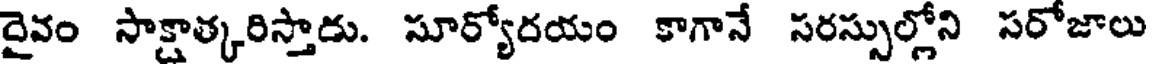
దైవం సాక్షాత్కరిస్తాడు. సూర్యోదయం కాగానే సరస్సుల్లోని సరోజాలు